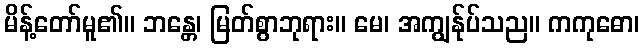
မိန့်တော်မူ၏။ ဘန္တေ၊ မြတ်စွာဘုရား။ မေ၊ အကျွန်ုပ်သည။ ကကုဓော၊